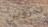
تجرؤين